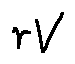
r V